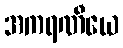
အကရဏီယေ